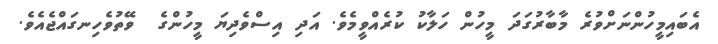
އެބައިމީހުންނަށްވުރެ މާބާރުގަދަ މީހުން ހަލާކު ކުރެއްވީމެވެ. އަދި އިސްވެދިޔަ މީހުންގެ  ވޭތުވެހިނގައްޖެއެވެ.